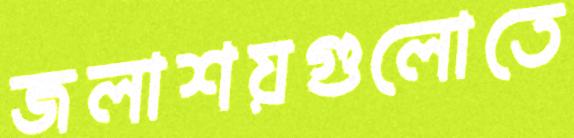
জলাশয়গুলোতে